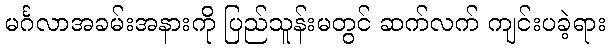
မင်္ဂလာအခမ်းအနားကို ပြည်သူန်းမတွင် ဆက်လက် ကျင်းပခဲ့ရား